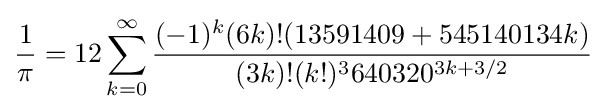
{\frac {1}{\pi }}=12\sum _{k=0}^{\infty }{\frac {(-1)^{k}(6k)!(13591409+545140134k)}{(3k)!(k!)^{3}640320^{3k+3/2}}}